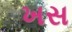
ખસ